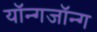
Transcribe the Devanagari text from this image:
यॉन्गजॉन्ग